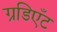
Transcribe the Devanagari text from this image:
ग्रडिएँट